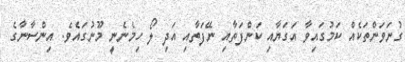
ގުނަވަންތަކެއް ކަމުގައިވާ އަގަޔާއި ކަންފަތާއި ނޭފަތާއި އަދި ލޯ ހިމެނެނީ މޫނުގައެވެ. އިންސާނާގެ